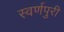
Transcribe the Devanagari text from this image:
स्वर्णपुरी